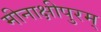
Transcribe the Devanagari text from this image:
मीनाक्षीपुरम्